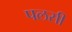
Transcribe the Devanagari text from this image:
पलसी